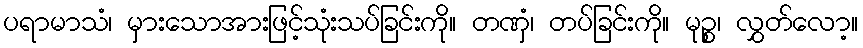
ပရာမာသံ၊ မှားသောအားဖြင့်သုံးသပ်ခြင်းကို။ တဏှံ၊ တပ်ခြင်းကို။ မုဉ္စ၊ လွှတ်လော့။